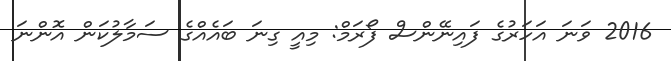
2016 ވަނަ އަހަރުގެ ފައިނޭންސް ފޯރަމް: މިއީ ގިނަ ބައެއްްގެ ސަމާލުކަން އޮންނަ